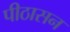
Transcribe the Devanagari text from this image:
पीठासन